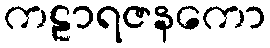
ကဠာရဇနကော